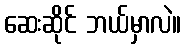
ဆေးဆိုင် ဘယ်မှာလဲ။